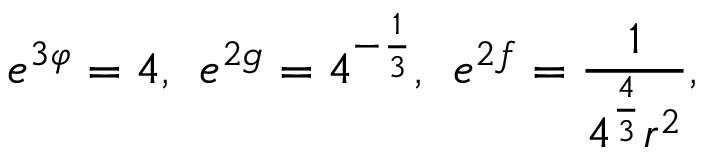
e ^ { 3 \varphi } = 4 , \: \: e ^ { 2 g } = 4 ^ { - \frac { 1 } { 3 } } , \: \: e ^ { 2 f } = \frac { 1 } { 4 ^ { \frac { 4 } { 3 } } r ^ { 2 } } ,